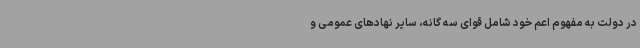
در دولت به مفهوم اعم خود شامل قوای سه گانه، سایر نهادهای عمومی و